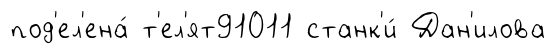
под'ел'ена́ т'ел'ят91011 станк'и́ Дан'илова